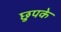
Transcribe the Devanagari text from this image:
छुपके